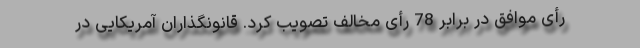
رأی موافق در برابر 78 رأی مخالف تصویب کرد. قانونگذاران آمریکایی در